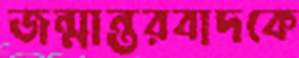
জন্মান্তরবাদকে